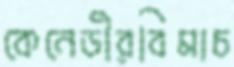
কেনেডীরবিমাচ